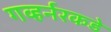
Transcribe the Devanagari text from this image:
गव्हर्नरकडे